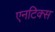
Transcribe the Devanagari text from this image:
एनटिक्स